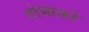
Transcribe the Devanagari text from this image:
गोभाक्तों